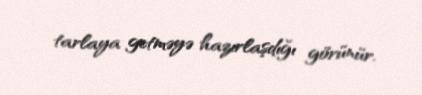
tarlaya getməyə hazırlaşdığı görünür.